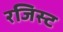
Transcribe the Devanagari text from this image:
रजिस्ट